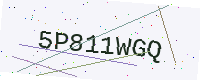
Text: 5P811WGQ